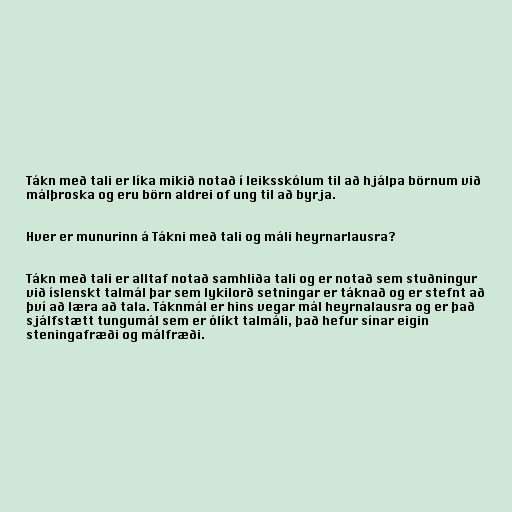
Tákn með tali er líka mikið notað í leiksskólum til að hjálpa börnum við
málþroska og eru börn aldrei of ung til að byrja.

Hver er munurinn á Tákni með tali og máli heyrnarlausra?

Tákn með tali er alltaf notað samhliða tali og er notað sem stuðningur
við íslenskt talmál þar sem lykilorð setningar er táknað og er stefnt að
því að læra að tala. Táknmál er hins vegar mál heyrnalausra og er það
sjálfstætt tungumál sem er ólíkt talmáli, það hefur sínar eigin
steningafræði og málfræði.